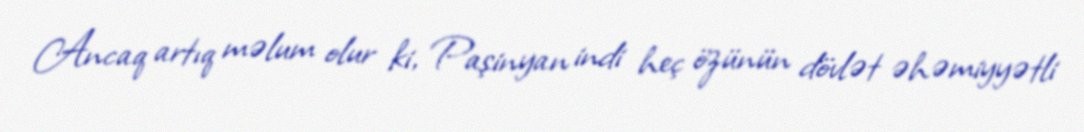
Ancaq artıq məlum olur ki, Paşinyan indi heç özünün dövlət əhəmiyyətli